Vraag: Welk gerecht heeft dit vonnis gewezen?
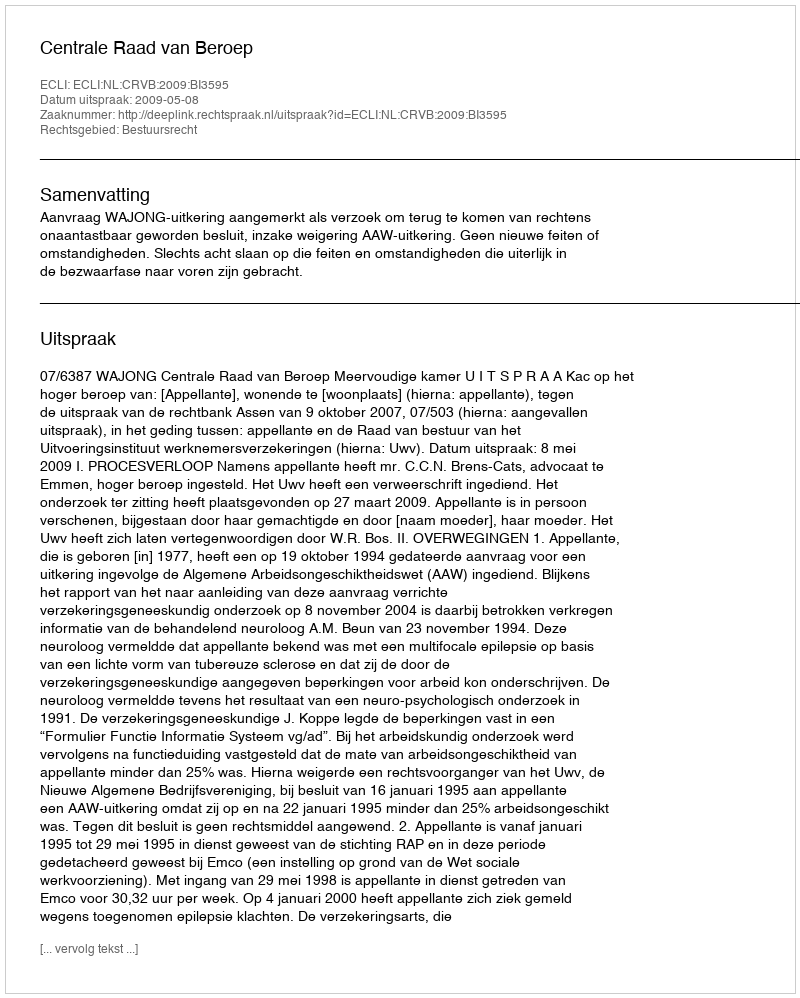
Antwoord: Centrale Raad van Beroep